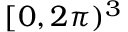
[ 0 , 2 \pi ) ^ { 3 }